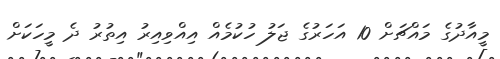
މީއާދުގެ މައްޗަށް 10 އަހަރުގެ ޖަލު ހުކުމެއް އިއްވިއިރު އިތުރު ދެ މީހަކަށް